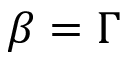
\beta = \Gamma